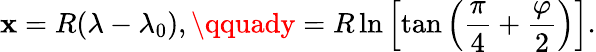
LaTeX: \mathbf{x}=R(\lambda-\lambda_{0}),\qquady=R\ln\left[\tan\left({\frac{{\pi}}{{4}}}+{\frac{{\varphi}}{{2}}}\right)\right].